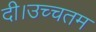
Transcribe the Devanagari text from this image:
दी।उच्चतम